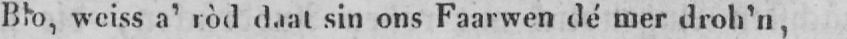
Blo, weiss a’ ròd daat sin ons Faarwen dé mer droh’n,